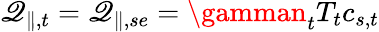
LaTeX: \mathscr{Q}_{\parallel,t}=\mathscr{Q}_{\parallel,se}=\gamman_{t}T_{t}c_{s,t}